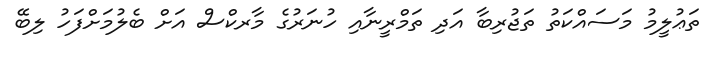
ތަޢުލީމު މަސައްކަތު ތަޖުރިބާ އަދި ތަމްރީނާއި ހުނަރުގެ މާރކްސް އަށް ބެލުމަށްފަހު ލިބޭ